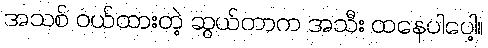
အသစ် ဝယ်ထားတဲ့ ဆွယ်တာက အသီး ထနေပါပေါ့။